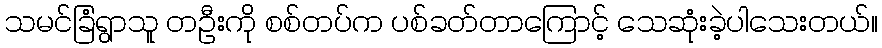
သမင်ခြံရွာသူ တဦးကို စစ်တပ်က ပစ်ခတ်တာကြောင့် သေဆုံးခဲ့ပါသေးတယ်။